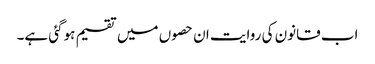
اب قانون کی روایت ان حصوں میں تقسیم ہوگئی ہے۔